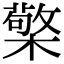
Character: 檠